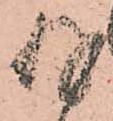
存